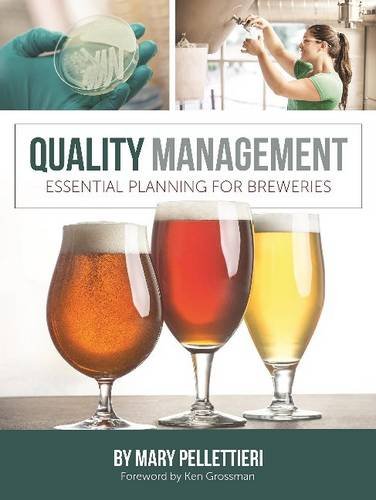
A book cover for Quality Management: Essential Planning for Breweries; Mary Pellettieri; Cookbooks, Food & Wine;